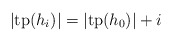
\begin{align*} |\mathrm{tp}(h_i)|=|\mathrm{tp}(h_0)|+i \end{align*}